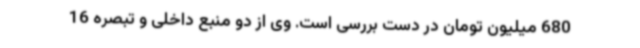
680 میلیون تومان در دست بررسی است. وی از دو منبع داخلی و تبصره 16